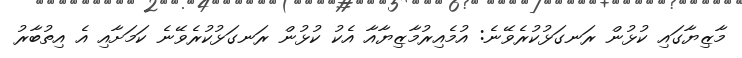
މާޒިޔާގައި ކުޅުން ރަނގަޅުކުރެވޭނެ: އުމެއިރުމާޒިޔާއާ އެކު ކުޅުން ރަނގަޅުކުރެވޭނެ ކަމަށާއި އެ އިތުބާރު